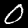
Digit: 0